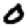
Digit: 0